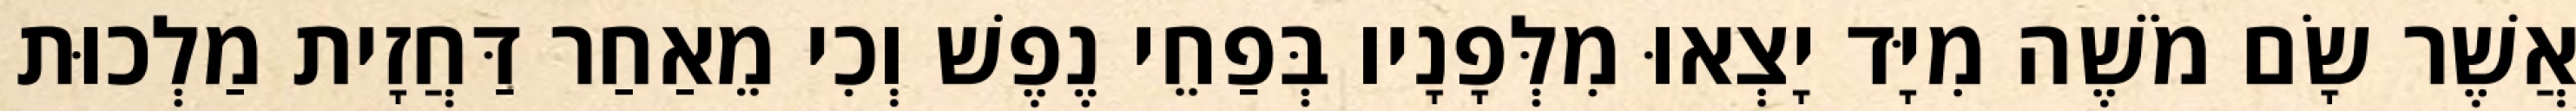
אֲשֶׁר שָׂם מֹשֶׁה מִיָּד יָצְאוּ מִלְּפָנָיו בְּפַחֵי נֶפֶשׁ וְכִי מֵאַחַר דַּחֲזָית מַלְכוּת